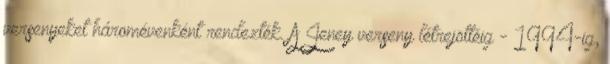
versenyeket háromévenként rendezték. A Jeney verseny létrejöttéig - 1994-ig,